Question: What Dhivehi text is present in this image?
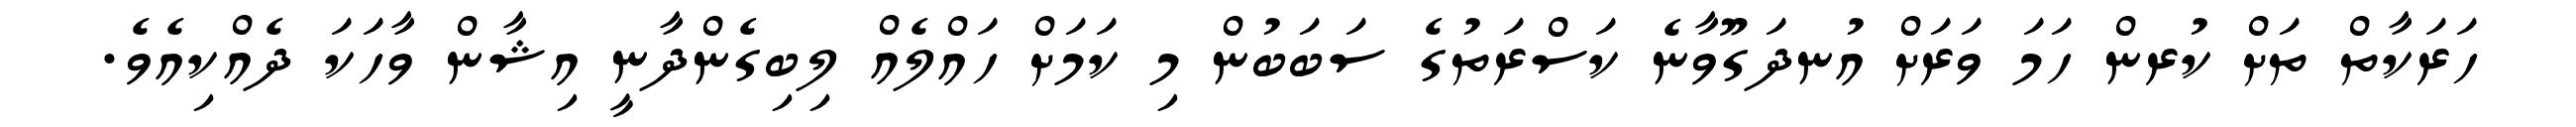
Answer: ހަރަކާތް ތަށް ކުރން ހަމަ ވަރަށް އުނދަގޫވާނެ ކަސްރަތުގެ ސަބަބުން މި ކަމަށް ހައްލެއް ލިބިގެންދާނީ އިޝާން ވާހަކަ ދެއްކިއެވެ.